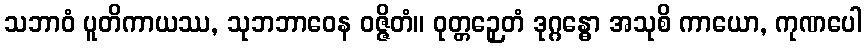
သဘာဝံ ပူတိကာယဿ, သုဘဘာဝေန ဝဇ္ဇိတံ။ ဝုတ္တဉှေတံ ဒုဂ္ဂန္ဓော အသုစိ ကာယော, ကုဏပေါ